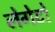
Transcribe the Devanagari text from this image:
लेगेटो